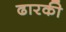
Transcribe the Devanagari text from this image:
ढारकी